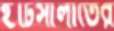
ইটিসালাতের